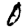
Digit: 0